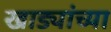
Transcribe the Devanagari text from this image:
खाड्यांच्या